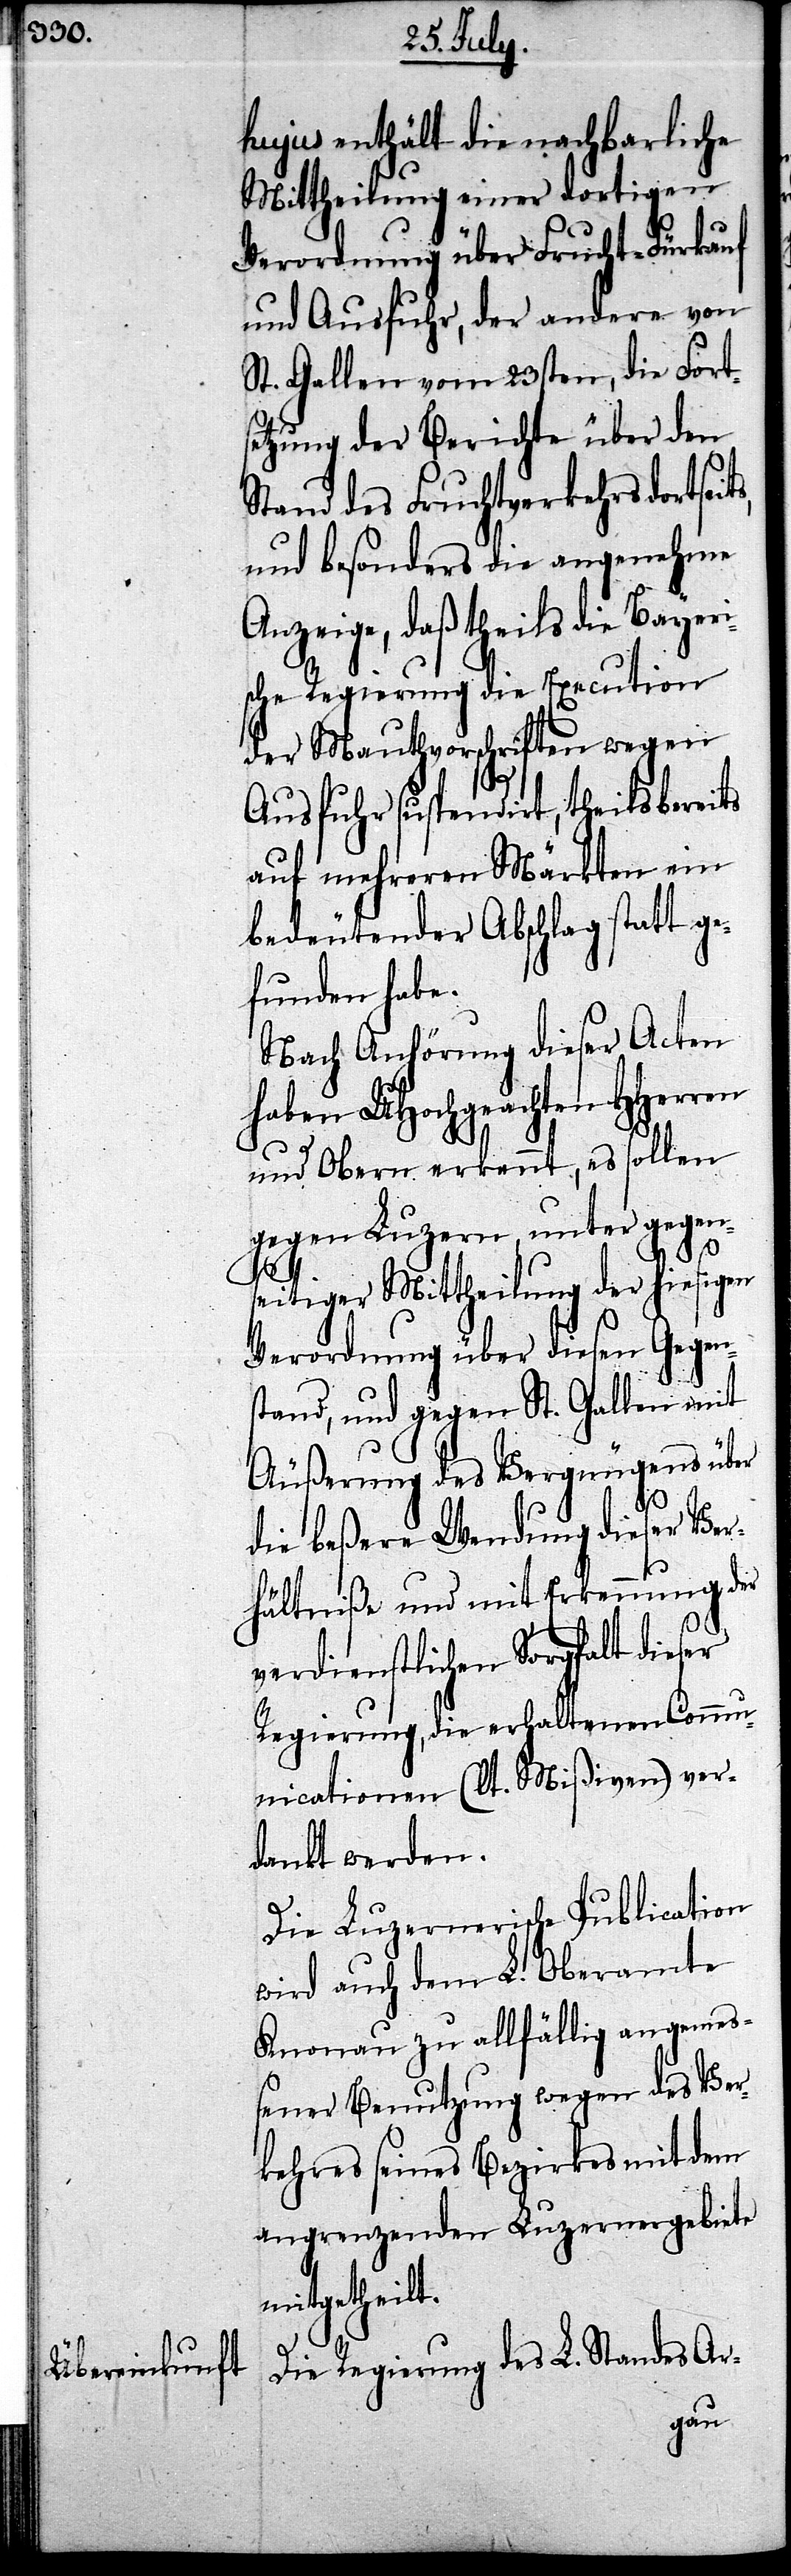
hujus enthält die nachbarliche
Mittheilung einer dortigen
Verordnung über Frucht-Fürkauf
und Ausfuhr, der andere von
St. Gallen vom 23sten, die Forts¬
etzung der Berichte über den
Stand des Furchtverkehrs dortseit¬
und besonders die angenehme
Anzeige, daß theils die Bayeri¬
sche Regierung die Execution
der Mauthvorschriften wegen
Ausfuhr suspendirt, theils bereits
auf mehreren Märkten ein
bedeutender Abschlag statt ge¬
funden habe.
Nach Anhörung dieser Acten
haben UHochgeachten Herren
und Obern erkennt, es sollen
gegen Luzern, unter gegen¬
s,
seitiger Mittheilung der hiesigen
Verordnung über diesen Gegen¬
stand, und gegen St. Gallen mit
Äußerung des Vergnügens über
die beßere Wendung dieser Ver¬
hältniße und mit Erkennung der
verdienstlichen Sorgfalt dieser
Regierung, die erhaltenen Commu¬
nicationen (lt. Mißiven) ver¬
dankt werden.
Die Luzernerische Publication
wird auch dem L. Oberamte
Knonau zu allfällig angemeß¬
ener Benutzung wegen des Ver¬
kehres seines Bezirkes mit dem
angrenzenden Luzernergebiete
mitgehteilt.
Die Regierung des L. Standes Ar-